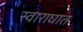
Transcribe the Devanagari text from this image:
स्वाराघात